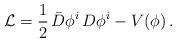
LaTeX: \begin{align*}{\cal L}=\frac{1}{2}\,\bar D\phi^i\,D\phi^i-V(\phi)\,.\end{align*}